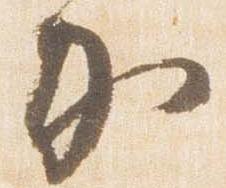
加